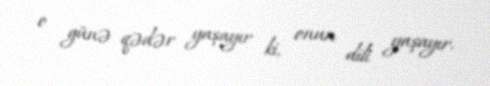
o günə qədər yaşayır ki, onun dili yaşayır.